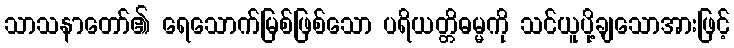
သာသနာတော်၏ ရေသောက်မြစ်ဖြစ်သော ပရိယတ္တိဓမ္မကို သင်ယူပို့ချသောအားဖြင့်